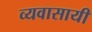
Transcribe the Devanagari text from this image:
व्यवासायी